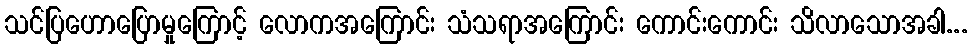
သင်ပြဟောပြောမှုကြောင့် လောကအကြောင်း သံသရာအကြောင်း ကောင်းကောင်း သိလာသောအခါ...